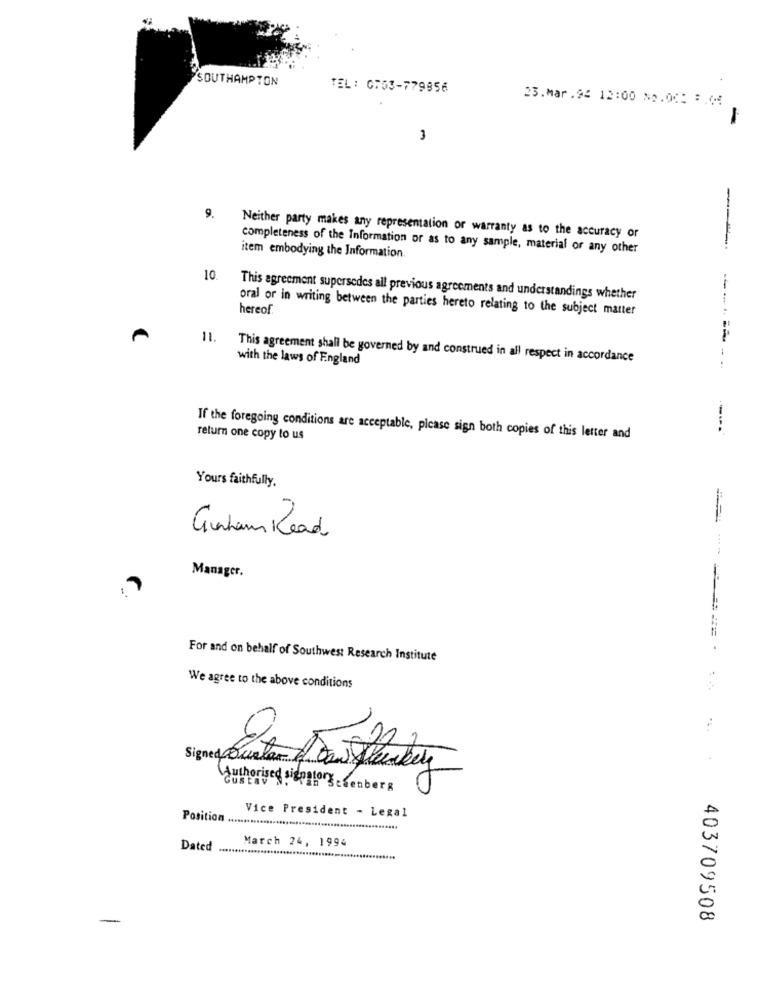
SOUTHAMPTON
TEL: 0703-779856
23.mar.94 12:00 No.00: : . 05
-
3
9.
Neither party makes any representation or warranty as to the accuracy or
completeness of the Information or as to any sample, material or any other
----
item embodying the Information.
10.
This agreement supersedes all previous agreements and understandings whether
oral or in writing between the parties hereto relating to the subject matter
hereof
11.
This agreement shall be governed by and construed in all respect in accordance
with the laws of England
-------
If the foregoing conditions are acceptable, picase sign both copies of this letter and
return one copy to us
Yours faithfully.
Graham Road
Manager.
For and on behalf of Southwest Research Institute
We agree to the above conditions
== == ====== = = 2
Vice President - Legal
Position .....................................................
March 24, 1994
Dated ...............
403709508